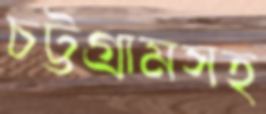
চট্টগ্রামসহ